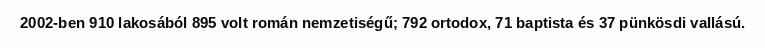
2002-ben 910 lakosából 895 volt román nemzetiségű; 792 ortodox, 71 baptista és 37 pünkösdi vallású.